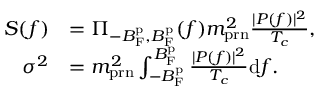
\begin{array} { r l } { S ( f ) } & { = \Pi _ { - B _ { \mathrm { F } } ^ { \mathrm { p } } , B _ { \mathrm { F } } ^ { \mathrm { p } } } ( f ) m _ { \mathrm { p r n } } ^ { 2 } \frac { | P ( f ) | ^ { 2 } } { T _ { c } } , } \\ { \sigma ^ { 2 } } & { = m _ { \mathrm { p r n } } ^ { 2 } \int _ { - B _ { \mathrm { F } } ^ { \mathrm { p } } } ^ { B _ { \mathrm { F } } ^ { \mathrm { p } } } \frac { | P ( f ) | ^ { 2 } } { T _ { c } } \mathrm { d } f . } \end{array}